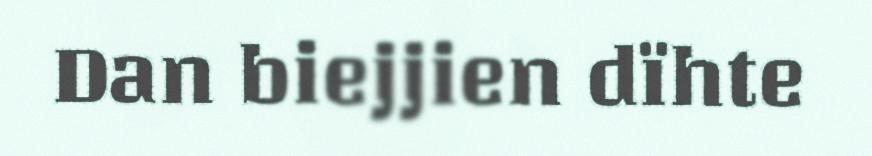
Dan biejjien dïhte